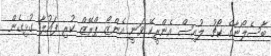
ބާސެލޯނާގެ ކޯޗު ލުއިސް އެންރީކޭ ވަނީ އެންޒޯ ޕްރޭޒް ކުރި ފައުލާ ގުޅިގެން